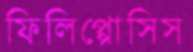
ফিলিপ্পোসিস